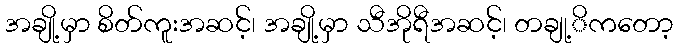
အချို့မှာ စိတ်ကူးအဆင့်၊ အချို့မှာ သီအိုရီအဆင့်၊ တချု့ိကတော့